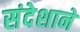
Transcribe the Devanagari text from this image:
संदेशाने